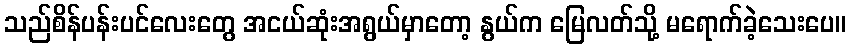
သည်စိန်ပန်းပင်လေးတွေ အငယ်ဆုံးအရွယ်မှာတော့ နွယ်က မြေလတ်သို့ မရောက်ခဲ့သေးပေ။